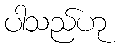
ပါသည်ဟု